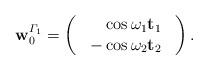
LaTeX: \begin{align*}\mathbf{w}_{0}^{\varGamma_{1}}=\left(\begin{array}{c}\begin{array}{c}\phantom{-}\cos\omega_{1}\mathbf{t}_{1}\end{array}\\-\cos\omega_{2}\mathbf{t}_{2}\end{array}\right).\end{align*}